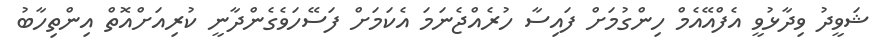
ޝަވީދު ވިދާޅުވީ އެފްއޭއެމް ހިންގުމަށް ފައިސާ ހުރެއްޖެނަމަ އެކަމަށް ފަސޭހަވެގެންދާނީ ކުރިއަށްއޮތް އިންތިހާބު